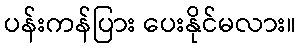
ပန်းကန်ပြား ပေးနိုင်မလား။